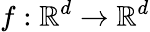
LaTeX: f:\mathbb R^{d}\rightarrow\mathbb R^{d}